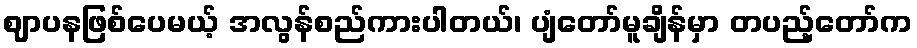
ဈာပနဖြစ်ပေမယ့် အလွန်စည်ကားပါတယ်၊ ပျံတော်မူချိန်မှာ တပည့်တော်က